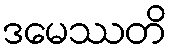
ဒမေဿတိ